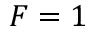
F = 1